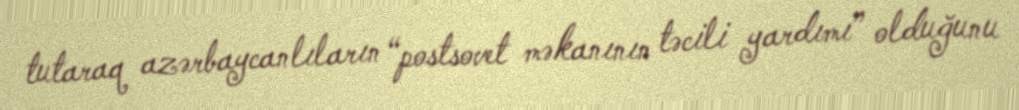
tutaraq azərbaycanlıların “postsovet məkanının təcili yardımı” olduğunu